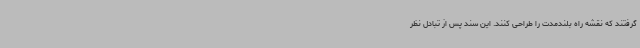
گرفتند که نقشه راه بلندمدت را طراحی کنند. این سند پس از تبادل نظر